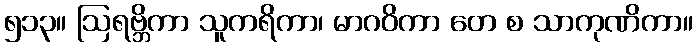
၅၁၃။ ဩရဗ္ဘိကာ သူကရိကာ၊ မာဂဝိကာ တေ စ သာကုဏိကာ။